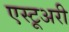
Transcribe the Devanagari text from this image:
एस्टूअरी